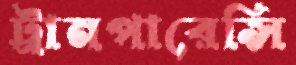
ট্রানপারেন্সি